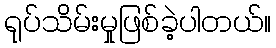
ရုပ်သိမ်းမှုဖြစ်ခဲ့ပါတယ်။